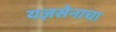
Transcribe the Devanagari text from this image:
यज्ञसेनाचा